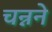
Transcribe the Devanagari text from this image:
चन्नने